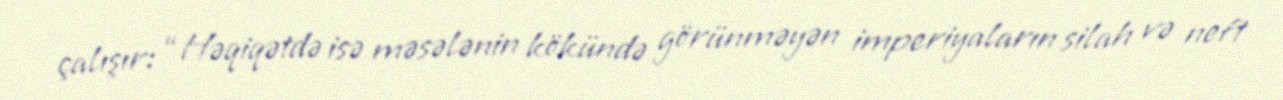
çalışır: “Həqiqətdə isə məsələnin kökündə görünməyən imperiyaların silah və neft